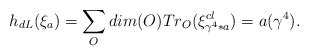
\begin{align*}h_ {dL}(\xi _a)=\sum _O dim(O) Tr_O (\xi^{cl}_{\gamma ^4 *a})=a(\gamma ^4).\end{align*}